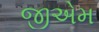
જીએમ